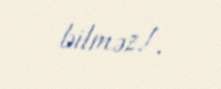
bilməz!.